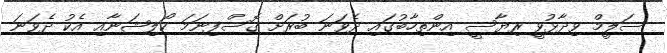
ސަލީމް ވިދާޅުވީ ރިޔާސީ އިންތިހާބުގައި ދެވަނަ ބުރަށް ގޮސްފިނަމަ ކޯލިޝަނާއި އެކު ދެވަނަ